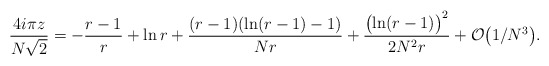
\begin{align*}{4 i\pi z\over N\sqrt{2}} = -{r-1\over r} + \ln r + {(r-1)( \ln(r-1) -1) \over Nr} + {\bigl( \ln (r-1) \bigr)^{2}\over 2N^{2}r} + {\cal O}\bigl(1/N^3 \bigr).\end{align*}